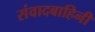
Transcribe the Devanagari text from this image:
संवादबाहिनी